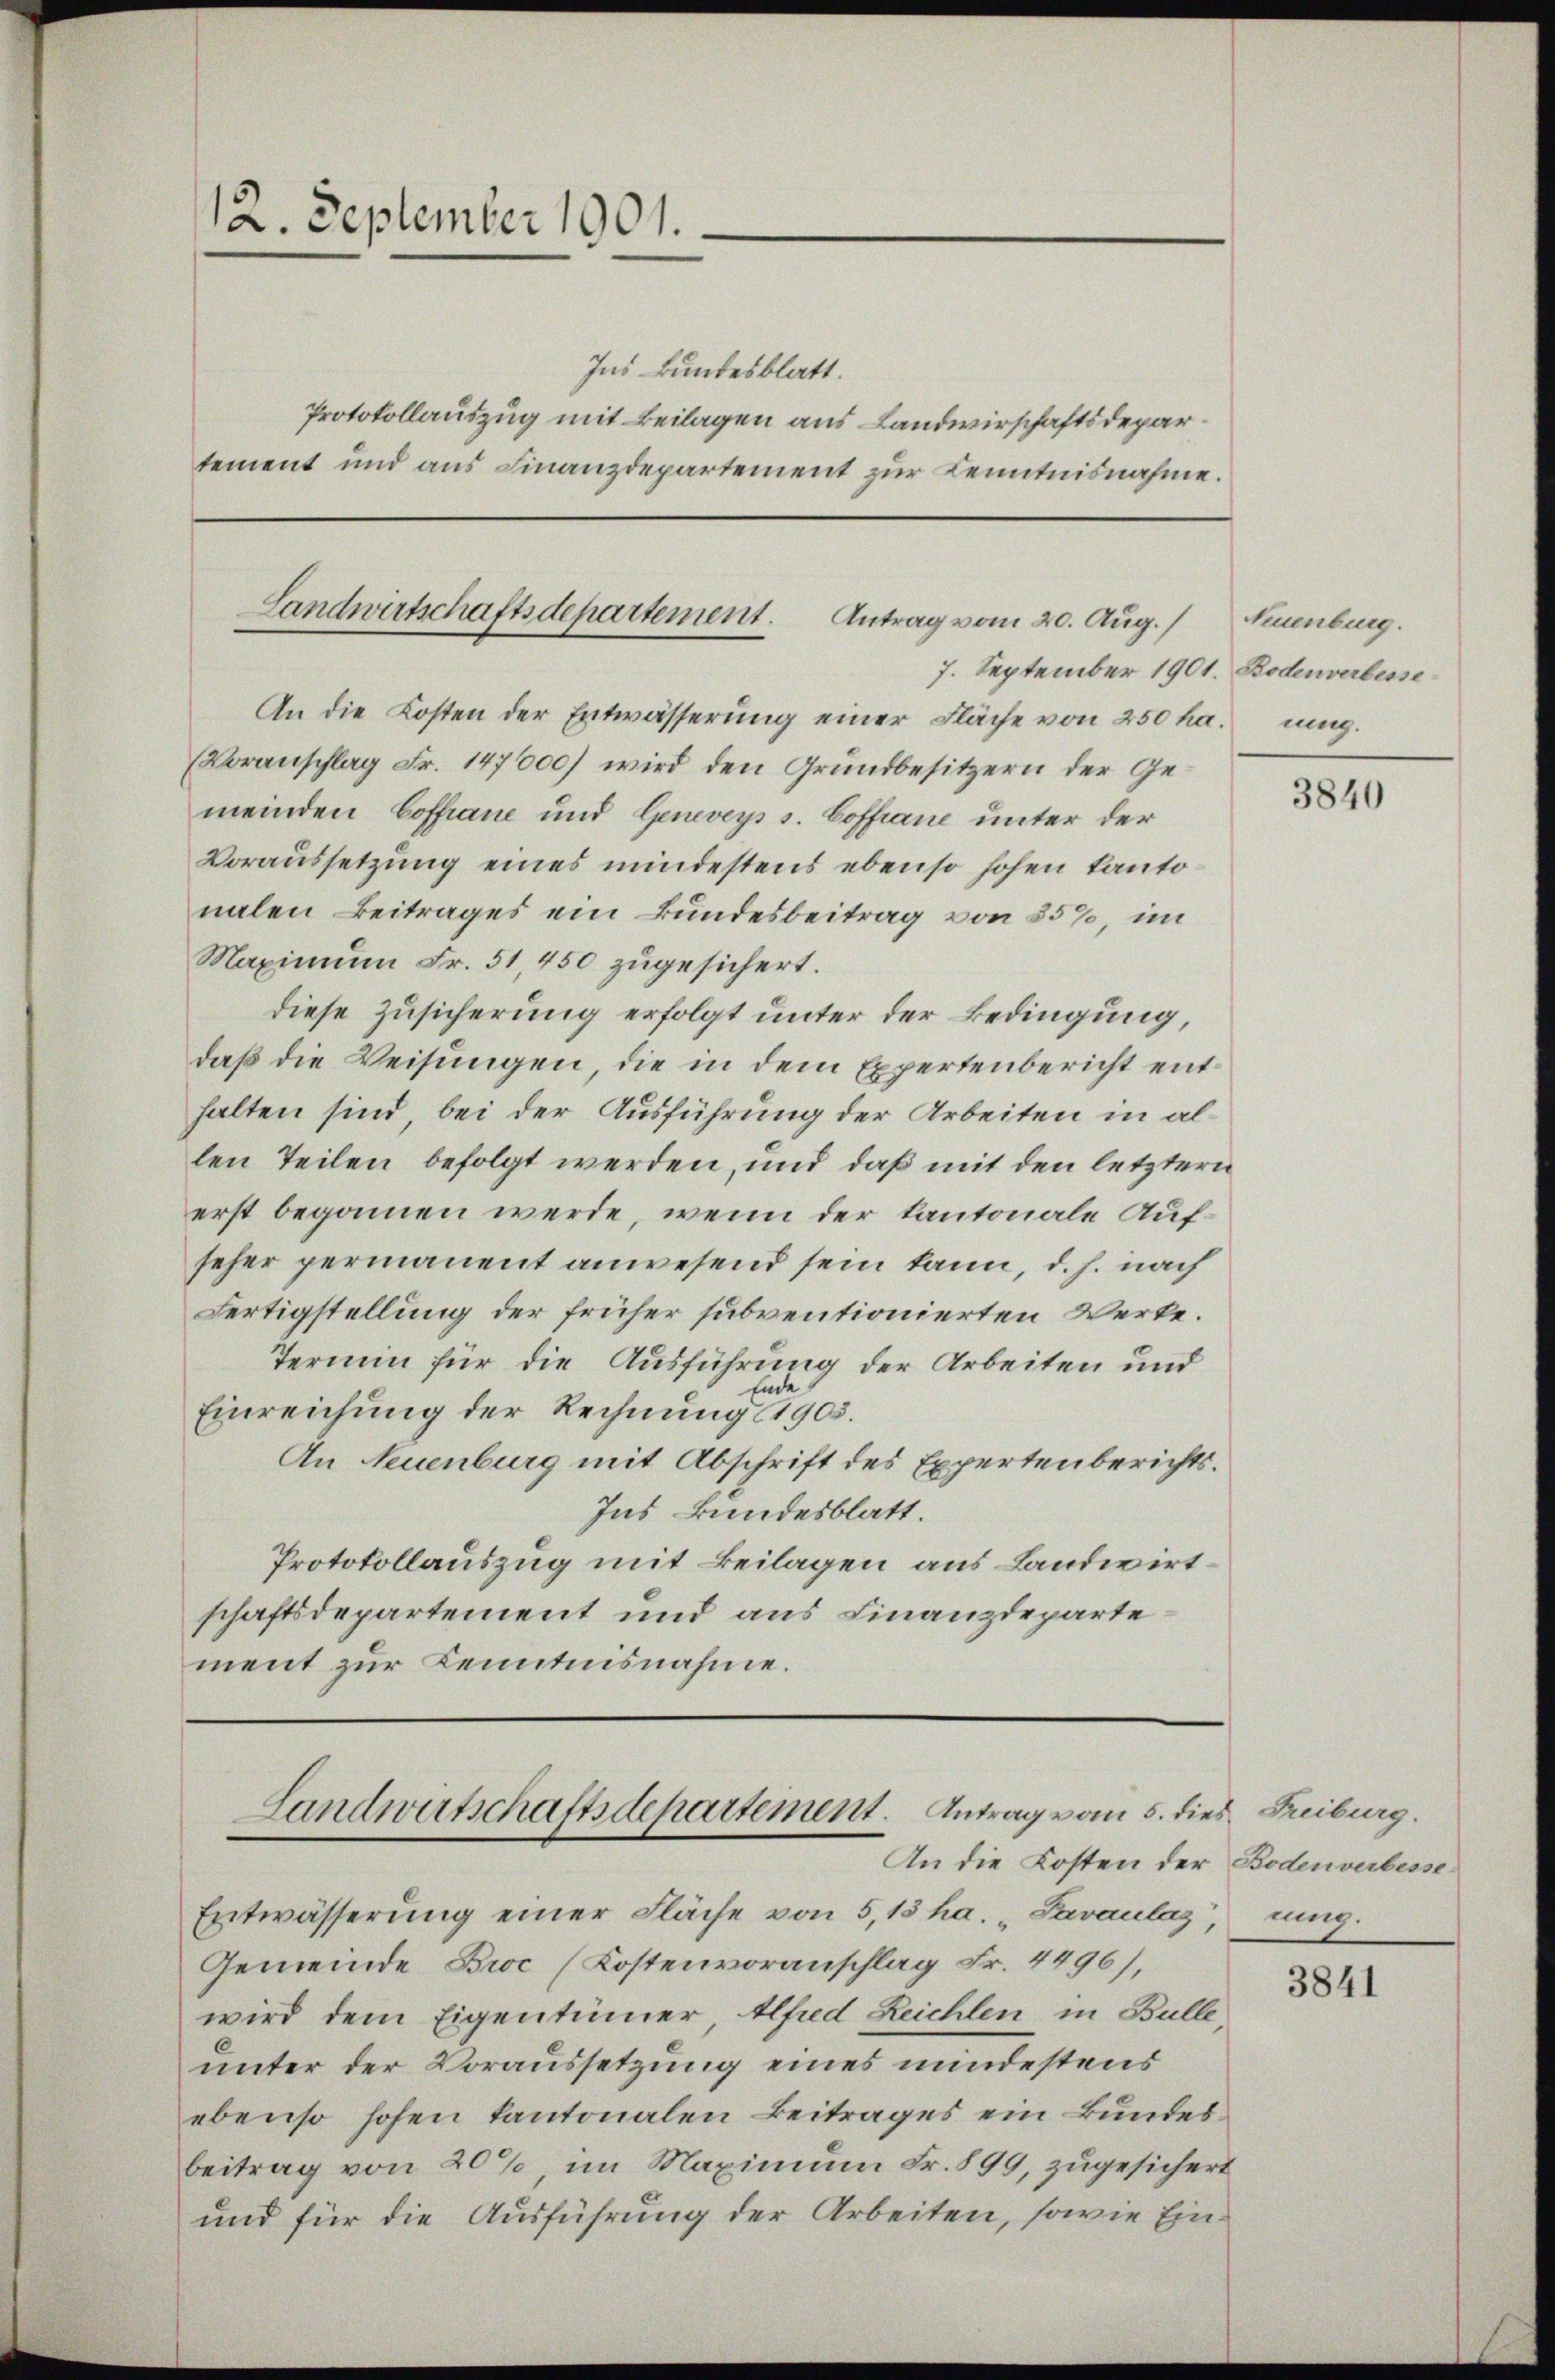
12. September 1901.

Landwirtschaftsdepartement. Antrag vom 20. Aug.
7. September 1901. Bodenverbesse

An die Kosten der Entwässerŭng einer Fläche von 250 ha. ung.
Voranschlag Fr. 147600) wird den Grundbesitzern der Gemeinden Coffiane und Geneveys s. Coffiane unter der
Voraussetzung eines mindestens ebenso hohen Kantonalen Beitrages ein Bundesbeitrag von 85%, im
Maximum Fr. 51,450 zugesichert.
diese Zusicherung erfolgt unter der Bedingung,
daß die Weisungen, die in dem Expertenbericht enthalten sind, bei der Ausführung der Arbeiten in allen Teilen befolgt werden, und daß mit den letztern
erst begonnen werde, wenn der Kantonale Aufseher permanent anwesend sein kann, d. h. nach
Fertigstellung der früher subventionierten Werke.
Termin für die Ausführung der Arbeiten und
Ende
Einreichung der Rechnung (1905.
An Neuenburg mit Abschrift des Expertenberichts¬
Ins Bundesblatt.
Protokollauszug mit Beilagen aus Landwirtschaftsdepartement und aus Finanzdeparte
ment zur Kenntnisnahme.

Landwirtschaftsdepartement. Antrag vom 5. dies Freiburg.
An die Kosten der Bodenverbesse¬

Ins Bundesblatt.
Protokollauszug mit Beilagen aus Landwirschaftsdepartement und aus Finanzdepartement zur Kenntnisnahme.

Entwässerung einer Fläche von 5,13 ha. Savaulaz,
Gemeinde Broc (Kostenvoranschlag Fr. 4496),
wird dem Eigentümer, Alfred Reichten in Bulle,
unter der Voraussetzung eines mindestens
ebenso hohen kantonalen Beitrages ein Bundesbeitrag von 20% im Maximum Fr. 899, zugesichert
und für die Ausführung der Arbeiten, sowie Ein¬

Neuenburg.

3840

nung.

3841